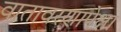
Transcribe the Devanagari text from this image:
वातावरणापेक्षा